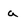
Character: a